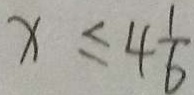
x \leq 4 \frac { 1 } { 6 }